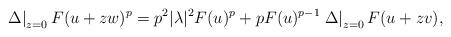
LaTeX: \begin{align*}\left.\Delta\right|_{z=0} F(u + zw)^p = p^2 |\lambda|^2 F(u)^p + p F(u)^{p-1} \left.\Delta\right|_{z=0} F(u + zv),\end{align*}